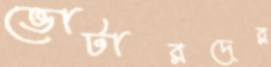
ভোটারদের